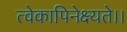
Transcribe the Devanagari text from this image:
त्वेकापिनेक्ष्यते।।